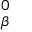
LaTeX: \mathbf { \Delta } _ { \beta } ^ { 0 }